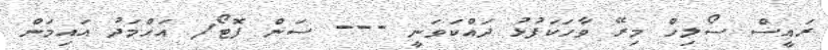
ރައީސް ސޯލިހް މިރޭ ވާހަކަފުޅު ދައްކަވަނީ --- ސަން ފޮޓޯ/ އަހްމަދު އައިމަން